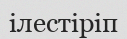
ілестіріп